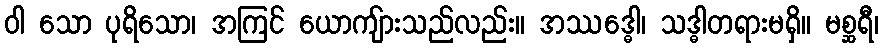
ဝါ သော ပုရိသော၊ အကြင် ယောကျ်ားသည်လည်း။ အဿဒ္ဓေါ၊ သဒ္ဓါတရားမရှိ။ မစ္ဆရီ၊